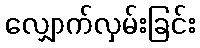
လျှောက်လှမ်းခြင်း